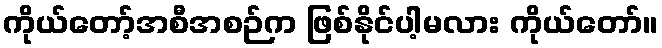
ကိုယ်တော့်အစီအစဉ်က ဖြစ်နိုင်ပါ့မလား ကိုယ်တော်။